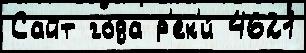
Сайт го́да р'ек'и́ 4621